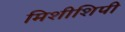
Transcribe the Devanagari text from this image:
मिशीशिपी